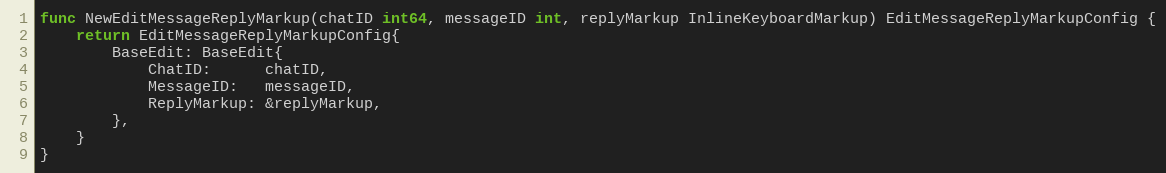
Language: Go
func NewEditMessageReplyMarkup(chatID int64, messageID int, replyMarkup InlineKeyboardMarkup) EditMessageReplyMarkupConfig {
	return EditMessageReplyMarkupConfig{
		BaseEdit: BaseEdit{
			ChatID:      chatID,
			MessageID:   messageID,
			ReplyMarkup: &replyMarkup,
		},
	}
}